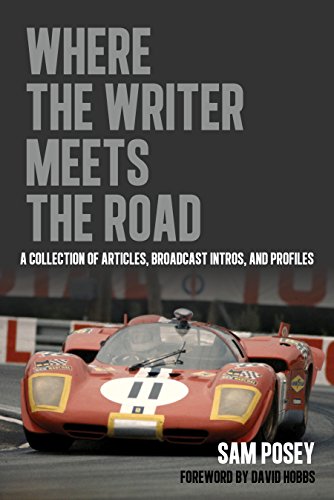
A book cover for Where the Writer Meets the Road: A Collection of Articles, Broadcast Intros and Profiles; Sam Posey; Sports & Outdoors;